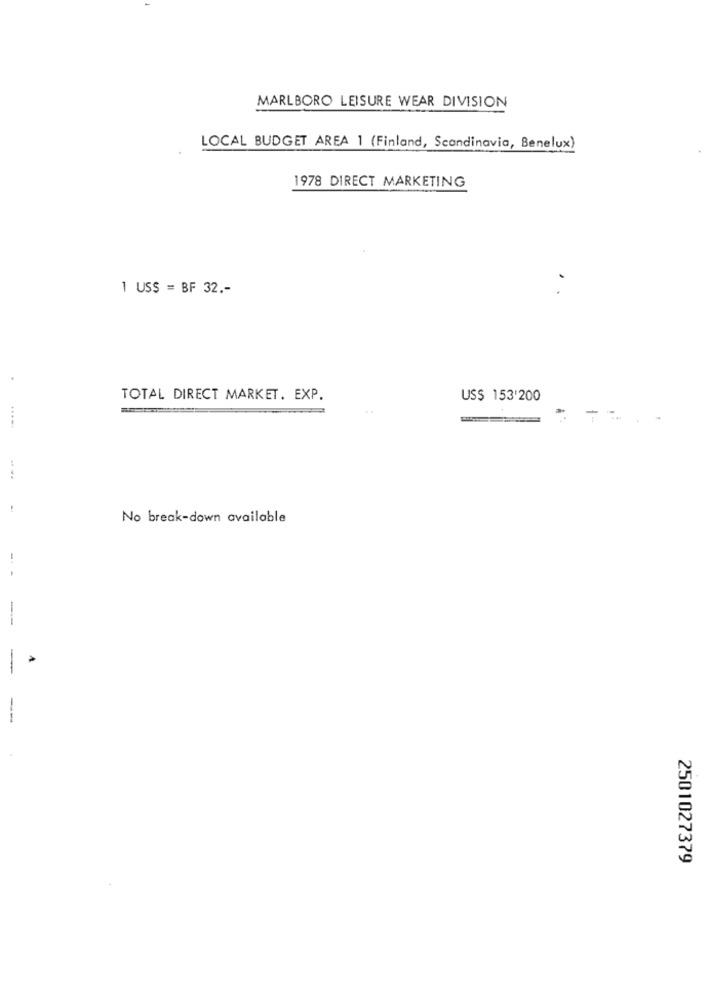
MARLBORO LEISURE WEAR DIVISION
LOCAL BUDGET AREA 1 (Finland, Scandinavia, Benelux)
1978 DIRECT MARKETING
1 US$ = BF 32 .-
TOTAL DIRECT MARKET. EXP.
US$ 153'200
-
No break-down available
-.
-
-
2501027379